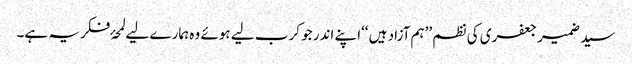
سید ضمیر جعفری کی نظم ’’ہم آزاد ہیں ‘‘اپنے اندر جو کرب لیے ہوئے وہ ہمارے لیے لمحۂ فکریہ ہے۔